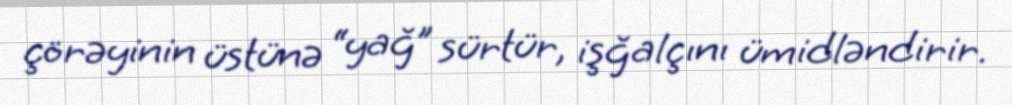
çörəyinin üstünə “yağ” sürtür, işğalçını ümidləndirir.